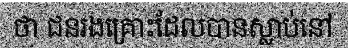
ថា ជនរងគ្រោះដែលបានស្លាប់នៅ